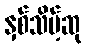
နှစ်သိမ့်ဆု